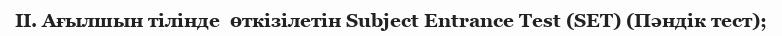
II. Ағылшын тілінде  өткізілетін Subject Entrance Test (SET) (Пәндік тест);